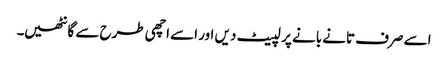
اسے صرف تانے بانے پر لپیٹ دیں اور اسے اچھی طرح سے گانٹھیں۔